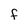
Character: F